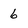
Character: 6